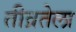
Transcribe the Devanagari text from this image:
तीव्रतेला